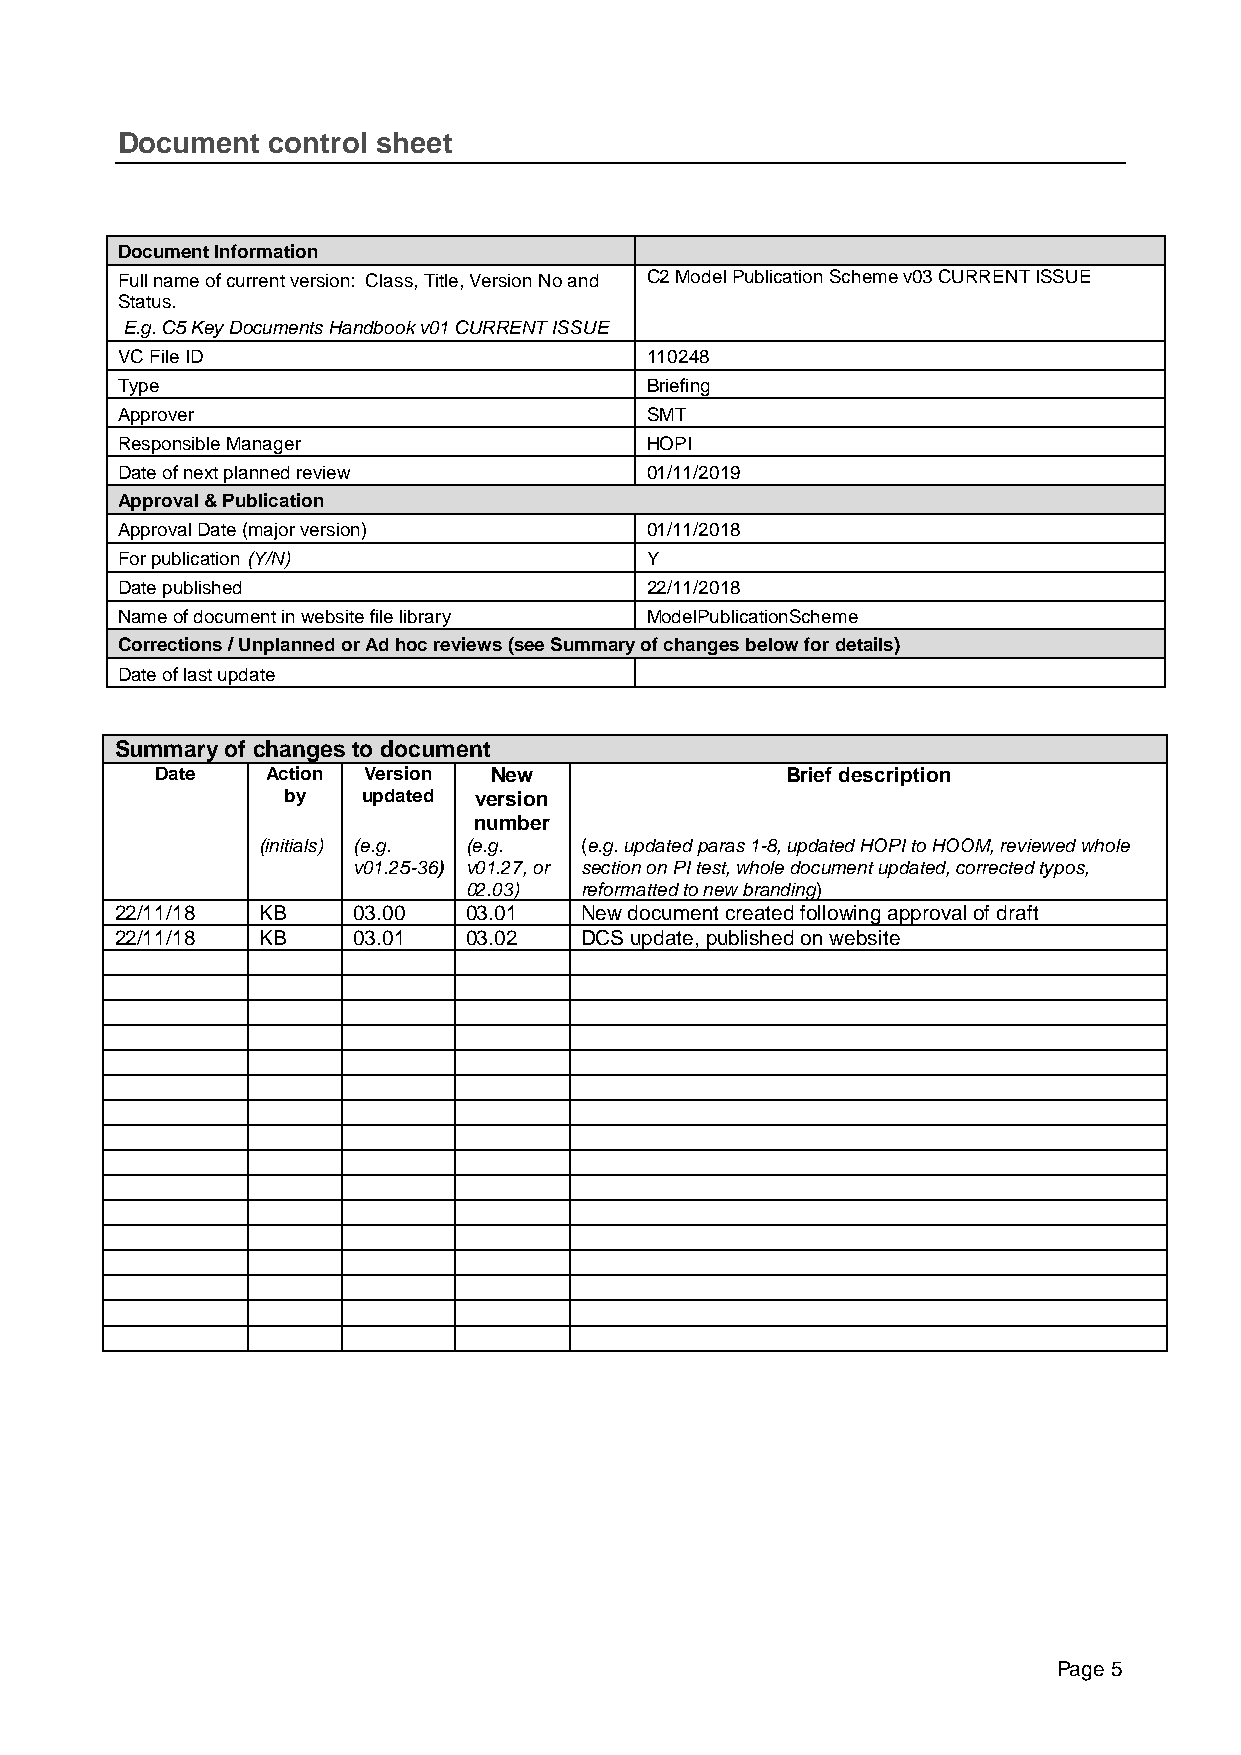
Document  control sheet
 Document Information
 Full name of current version: Class, Title, Version No and C2 Model Publication Scheme v03 CURRENT ISSUE
 Status.
 E.g. C5 Key Documents Handbook v01 CURRENT ISSUE
 VC File ID                         110248
 Type                               Briefing
 Approver                           SMT
 Responsible Manager                HOPI
 Date of next planned review        01/11/2019
 Approval & Publication
 Approval Date (major version)      01/11/2018
 For publication (Y/N)              Y
 Date published                     22/11/2018
 Name of document in website file library ModelPublicationScheme
 Corrections / Unplanned or Ad hoc reviews (see Summary of changes below for details)
 Date of last update
 Summary of changes to document
 Date    Action Version New                Brief description
 by   updated version
 number
 (initials) (e.g. (e.g. (e.g. updated paras 1-8, updated HOPI to HOOM, reviewed whole
 v01.25-36) v01.27, or section on PI test, whole document updated, corrected typos,
 02.03) reformatted to new branding)
 22/11/18 KB    03.00   03.01  New document created following approval of draft
 22/11/18 KB    03.01   03.02  DCS update, published on website
 Page 5